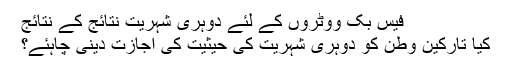
فیس بک ووٹروں کے لئے دوہری شہریت نتائج کے نتائج
کیا تارکین وطن کو دوہری شہریت کی حیثیت کی اجازت دینی چاہئے؟